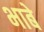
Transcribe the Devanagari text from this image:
भाबे